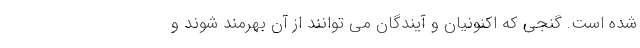
شده است. گنجی که اکنونیان و آیندگان می توانند از آن بهرمند شوند و